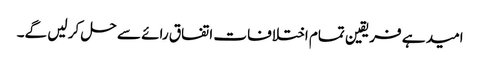
امید ہے فریقین تمام اختلافات اتفاق رائے سے حل کر لیں گے۔